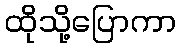
ထိုသို့ပြောကာ